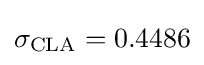
\sigma _{\mathrm {CLA} }=0.4486